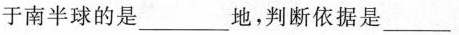
于南半球的是___地，判断依据是___